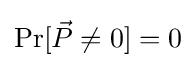
\Pr[{\vec {P}}\neq 0]=0